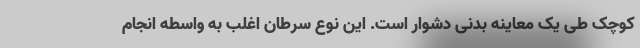
کوچک طی یک معاینه بدنی دشوار است. این نوع سرطان اغلب به واسطه انجام